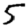
Digit: 5